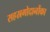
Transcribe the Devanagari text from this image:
सहस्रगोदानोंका